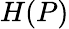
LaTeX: H(P)